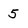
Character: 5